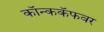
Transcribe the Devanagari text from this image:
कॉन्ककॅफवर